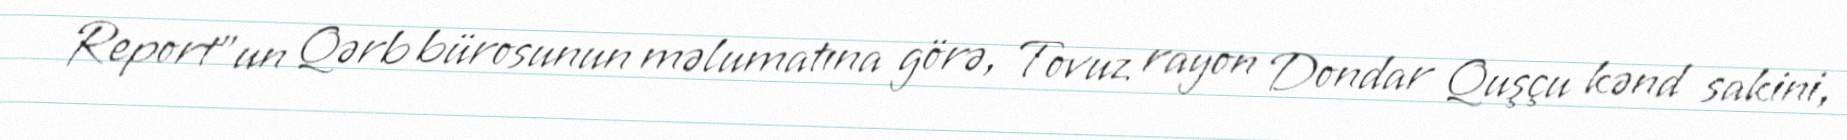
Report"un Qərb bürosunun məlumatına görə, Tovuz rayon Dondar Quşçu kənd sakini,